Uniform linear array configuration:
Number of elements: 16
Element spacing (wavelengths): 1
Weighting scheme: kaiser
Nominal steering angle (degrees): -60
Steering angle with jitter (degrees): -58.323
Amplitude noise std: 0.05
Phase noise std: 0.05

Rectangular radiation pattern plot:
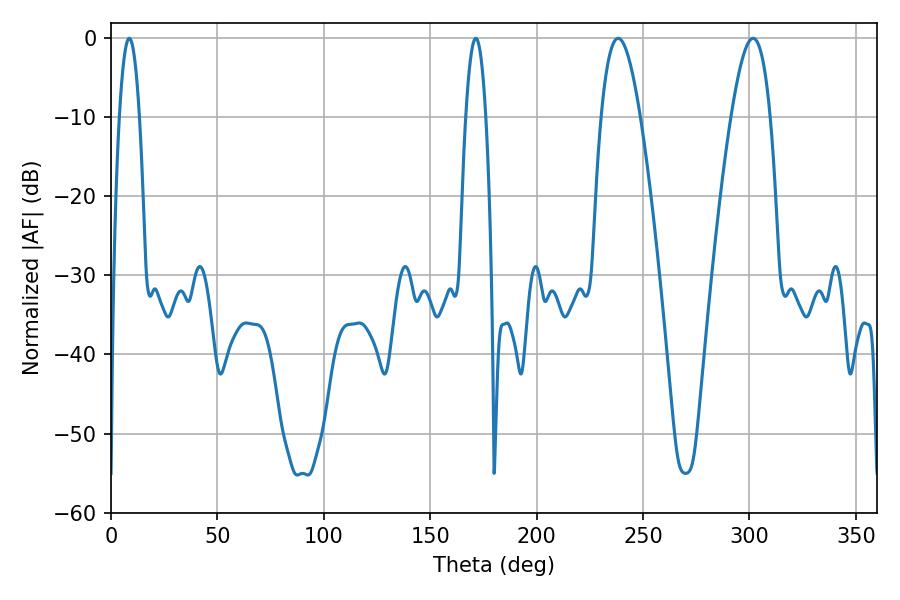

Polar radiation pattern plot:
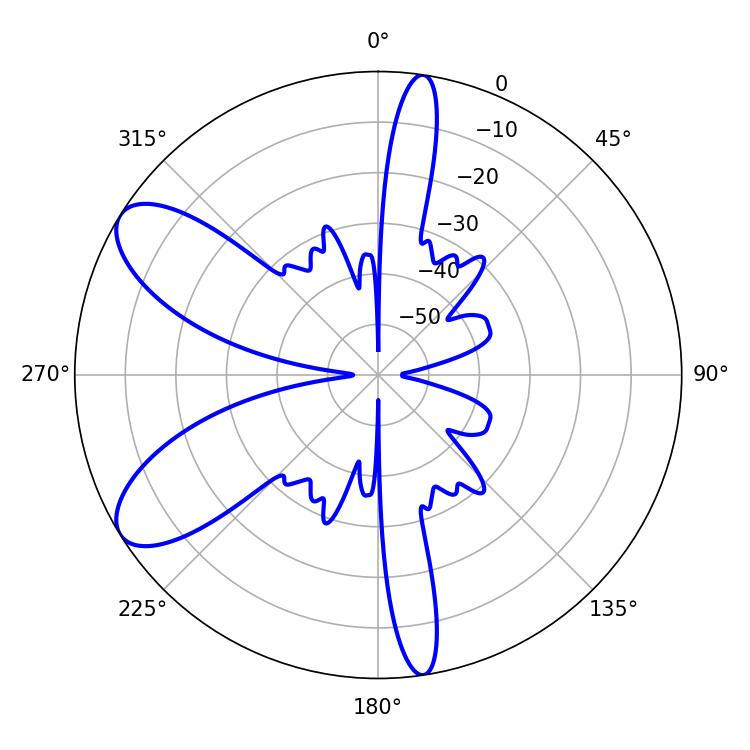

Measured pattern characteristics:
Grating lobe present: TRUE
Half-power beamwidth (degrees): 10.08
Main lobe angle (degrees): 238.32